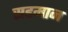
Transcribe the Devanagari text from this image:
सहमान